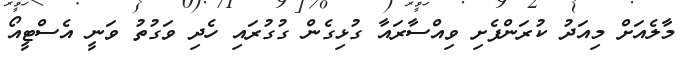
މާލެއަށް މިއަދު ކުރަންފެށި ވިއްސާރައާ ގުޅިގެން ގުގުރައި ހެދި ވަގުތު ވަނީ އެސްޓީއޯ